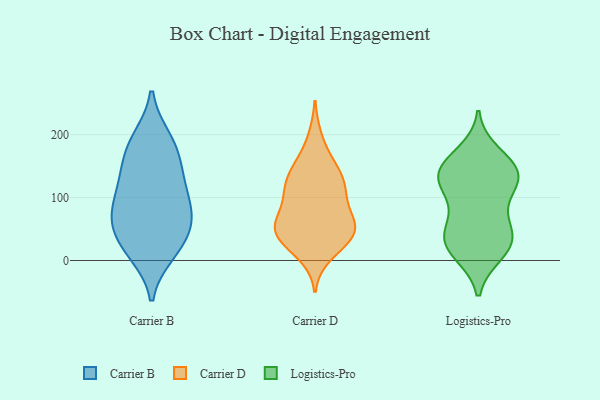
{"axis": {"x": "Headcount", "y": "Value"}, "legend": ["Carrier B", "Carrier D", "Logistics-Pro"], "data": [{"x": "", "y": 146, "type": "Carrier B"}, {"x": "", "y": 103, "type": "Carrier B"}, {"x": "", "y": 11, "type": "Carrier B"}, {"x": "", "y": 116, "type": "Carrier B"}, {"x": "", "y": 64, "type": "Carrier B"}, {"x": "", "y": 172, "type": "Carrier B"}, {"x": "", "y": 193, "type": "Carrier B"}, {"x": "", "y": 66, "type": "Carrier B"}, {"x": "", "y": 15, "type": "Carrier B"}, {"x": "", "y": 72, "type": "Carrier B"}, {"x": "", "y": 22, "type": "Carrier B"}, {"x": "", "y": 194, "type": "Carrier B"}, {"x": "", "y": 66, "type": "Carrier B"}, {"x": "", "y": 109, "type": "Carrier B"}, {"x": "", "y": 46, "type": "Carrier B"}, {"x": "", "y": 151, "type": "Carrier B"}, {"x": "", "y": 52, "type": "Carrier D"}, {"x": "", "y": 133, "type": "Carrier D"}, {"x": "", "y": 194, "type": "Carrier D"}, {"x": "", "y": 128, "type": "Carrier D"}, {"x": "", "y": 151, "type": "Carrier D"}, {"x": "", "y": 61, "type": "Carrier D"}, {"x": "", "y": 55, "type": "Carrier D"}, {"x": "", "y": 106, "type": "Carrier D"}, {"x": "", "y": 54, "type": "Carrier D"}, {"x": "", "y": 48, "type": "Carrier D"}, {"x": "", "y": 10, "type": "Carrier D"}, {"x": "", "y": 27, "type": "Carrier D"}, {"x": "", "y": 29, "type": "Carrier D"}, {"x": "", "y": 113, "type": "Carrier D"}, {"x": "", "y": 58, "type": "Carrier D"}, {"x": "", "y": 109, "type": "Carrier D"}, {"x": "", "y": 151, "type": "Carrier D"}, {"x": "", "y": 41, "type": "Carrier D"}, {"x": "", "y": 92, "type": "Carrier D"}, {"x": "", "y": 136, "type": "Logistics-Pro"}, {"x": "", "y": 14, "type": "Logistics-Pro"}, {"x": "", "y": 119, "type": "Logistics-Pro"}, {"x": "", "y": 60, "type": "Logistics-Pro"}, {"x": "", "y": 141, "type": "Logistics-Pro"}, {"x": "", "y": 122, "type": "Logistics-Pro"}, {"x": "", "y": 149, "type": "Logistics-Pro"}, {"x": "", "y": 148, "type": "Logistics-Pro"}, {"x": "", "y": 42, "type": "Logistics-Pro"}, {"x": "", "y": 12, "type": "Logistics-Pro"}, {"x": "", "y": 40, "type": "Logistics-Pro"}, {"x": "", "y": 93, "type": "Logistics-Pro"}, {"x": "", "y": 170, "type": "Logistics-Pro"}, {"x": "", "y": 36, "type": "Logistics-Pro"}, {"x": "", "y": 131, "type": "Logistics-Pro"}, {"x": "", "y": 26, "type": "Logistics-Pro"}]}